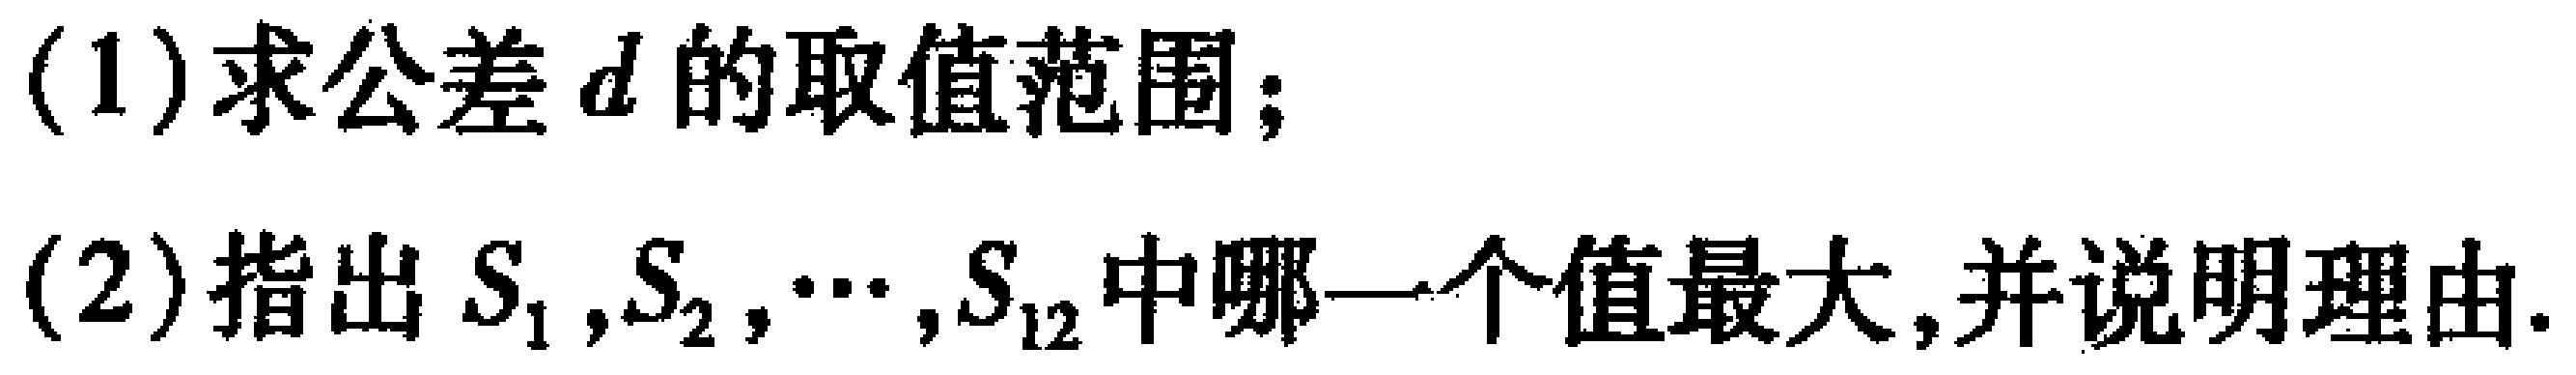
(1)求公差\(d\)的取值范围；
(2)指出\(S_{1},S_{2},\cdots,S_{12}\)中哪一个值最大,并说明理由.